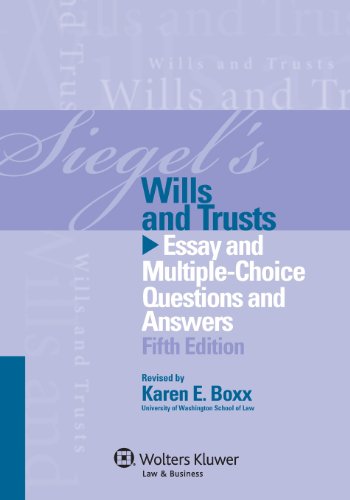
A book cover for Siegels Wills & Trusts: Essay and Multiple-Choice Questions and Answers, Fifth Edition; Brian N. Siegel; Law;